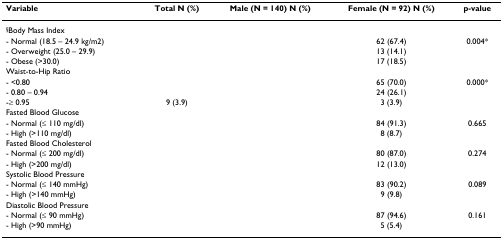
<table><thead><tr><td><b>Variable</b></td><td><b>Total N (%)</b></td><td><b>Male (N = 140) N (%)</b></td><td><b>Female (N = 92) N (%)</b></td><td><b>p-value</b></td></tr></thead><tbody><tr><td><sup>§</sup>Body Mass Index</td><td>[EMPTY_CELL]</td><td>[EMPTY_CELL]</td><td>[EMPTY_CELL]</td><td>[EMPTY_CELL]</td></tr><tr><td>- Normal (18.5 – 24.9 kg/m2)</td><td>[EMPTY_CELL]</td><td>[EMPTY_CELL]</td><td>62 (67.4)</td><td>0.004*</td></tr><tr><td>- Overweight (25.0 – 29.9)</td><td>[EMPTY_CELL]</td><td>[EMPTY_CELL]</td><td>13 (14.1)</td><td>[EMPTY_CELL]</td></tr><tr><td>- Obese (&gt;30.0)</td><td>[EMPTY_CELL]</td><td>[EMPTY_CELL]</td><td>17 (18.5)</td><td>[EMPTY_CELL]</td></tr><tr><td>Waist-to-Hip Ratio</td><td>[EMPTY_CELL]</td><td>[EMPTY_CELL]</td><td>[EMPTY_CELL]</td><td>[EMPTY_CELL]</td></tr><tr><td>- &lt;0.80</td><td>[EMPTY_CELL]</td><td>[EMPTY_CELL]</td><td>65 (70.0)</td><td>0.000*</td></tr><tr><td>- 0.80 – 0.94</td><td>[EMPTY_CELL]</td><td>[EMPTY_CELL]</td><td>24 (26.1)</td><td>[EMPTY_CELL]</td></tr><tr><td>-≥ 0.95</td><td>9 (3.9)</td><td>[EMPTY_CELL]</td><td>3 (3.9)</td><td>[EMPTY_CELL]</td></tr><tr><td>Fasted Blood Glucose</td><td>[EMPTY_CELL]</td><td>[EMPTY_CELL]</td><td>[EMPTY_CELL]</td><td>[EMPTY_CELL]</td></tr><tr><td>- Normal (≤ 110 mg/dl)</td><td>[EMPTY_CELL]</td><td>[EMPTY_CELL]</td><td>84 (91.3)</td><td>0.665</td></tr><tr><td>- High (&gt;110 mg/dl)</td><td>[EMPTY_CELL]</td><td>[EMPTY_CELL]</td><td>8 (8.7)</td><td>[EMPTY_CELL]</td></tr><tr><td>Fasted Blood Cholesterol</td><td>[EMPTY_CELL]</td><td>[EMPTY_CELL]</td><td>[EMPTY_CELL]</td><td>[EMPTY_CELL]</td></tr><tr><td>- Normal (≤ 200 mg/dl)</td><td>[EMPTY_CELL]</td><td>[EMPTY_CELL]</td><td>80 (87.0)</td><td>0.274</td></tr><tr><td>- High (&gt;200 mg/dl)</td><td>[EMPTY_CELL]</td><td>[EMPTY_CELL]</td><td>12 (13.0)</td><td>[EMPTY_CELL]</td></tr><tr><td>Systolic Blood Pressure</td><td>[EMPTY_CELL]</td><td>[EMPTY_CELL]</td><td>[EMPTY_CELL]</td><td>[EMPTY_CELL]</td></tr><tr><td>- Normal (≤ 140 mmHg)</td><td>[EMPTY_CELL]</td><td>[EMPTY_CELL]</td><td>83 (90.2)</td><td>0.089</td></tr><tr><td>- High (&gt;140 mmHg)</td><td>[EMPTY_CELL]</td><td>[EMPTY_CELL]</td><td>9 (9.8)</td><td>[EMPTY_CELL]</td></tr><tr><td>Diastolic Blood Pressure</td><td>[EMPTY_CELL]</td><td>[EMPTY_CELL]</td><td>[EMPTY_CELL]</td><td>[EMPTY_CELL]</td></tr><tr><td>- Normal (≤ 90 mmHg)</td><td>[EMPTY_CELL]</td><td>[EMPTY_CELL]</td><td>87 (94.6)</td><td>0.161</td></tr><tr><td>- High (&gt;90 mmHg)</td><td>[EMPTY_CELL]</td><td>[EMPTY_CELL]</td><td>5 (5.4)</td><td>[EMPTY_CELL]</td></tr></tbody></table>